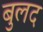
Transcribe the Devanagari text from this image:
बुलद